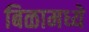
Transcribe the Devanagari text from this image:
बिळामध्ये